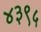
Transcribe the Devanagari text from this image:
४३९५